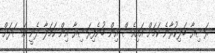
ރަޝިޔާ ބަލިކުރާނެ ކަމަށް އައިއެސް އިން ބުނެފިރަޝިޔާ އިން ހަމަލާ ދެނީ އަސަދަށް